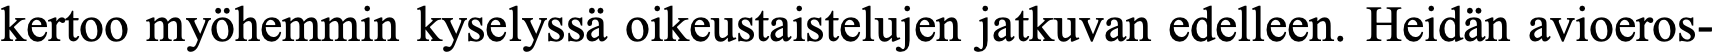
kertoo myöhemmin kyselyssä oikeustaistelujen jatkuvan edelleen. Heidän avioeros-